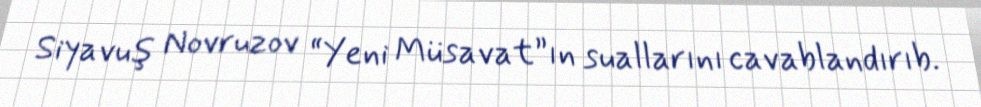
Siyavuş Novruzov “Yeni Müsavat”ın suallarını cavablandırıb.